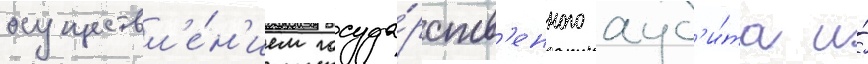
осуществл'е́н'ием госуда́рств'енного ауд'и́та и́